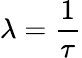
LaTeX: \lambda={\frac{1}{\tau}}